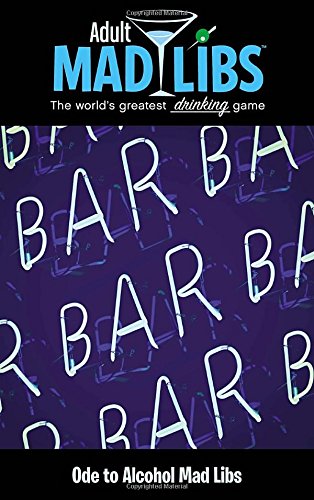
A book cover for Ode to Alcohol Mad Libs (Adult Mad Libs); Sarah Fabiny; Humor & Entertainment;